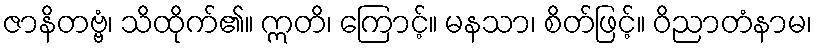
ဇာနိတဗ္ဗံ၊ သိထိုက်၏။ ဣတိ၊ ကြောင့်။ မနသာ၊ စိတ်ဖြင့်။ ဝိညာတံနာမ၊